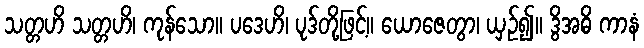
သတ္တဟိ သတ္တဟိ၊ ကုန်သော။ ပဒေဟိ၊ ပုဒ်တို့ဖြင့်။ ယောဇေတွာ၊ ယှဉ်၍။ ဒွိအဓိ ကာနံ